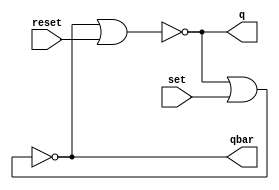
//Alan Achtenberg
//Lab 7
//Part 1

module SRlatch (q, qbar, set, reset);
    output q, qbar;
    input set, reset;

    nor #1 (q, qbar, reset);
    nor #1 (qbar, q, set);
endmodule

module testSR(q, qbar, set, reset);
    input q, qbar;
    output set, reset;
    reg set, reset;

    initial begin
        $monitor ($time," q = %d, qbar = %d, set = %d, reset = %d",q, qbar, set, reset);
        set = 0; reset = 0;
        #100 
        set = 1; 
        #100 
        set = 0;		/* Set pulse at $time==100 */
        #100 
        reset = 1;
        #100 
        reset = 0;		/* Reset pulse */
        #100
        set = 1;
        #100 
        set = 0;		/* Set pulse again */
        #100 
        reset = 1;
        #100 
        reset = 0;		/* Reset pulse again */
        #100 
        $finish;		/* Finish simulation */
    end
endmodule

module testBench;
    wire q, qbar, set, reset;
    SRlatch l(q, qbar, set, reset);
    testSR t(q, qbar, set, reset);
endmodule